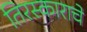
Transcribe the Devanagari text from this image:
तिरस्काराचे